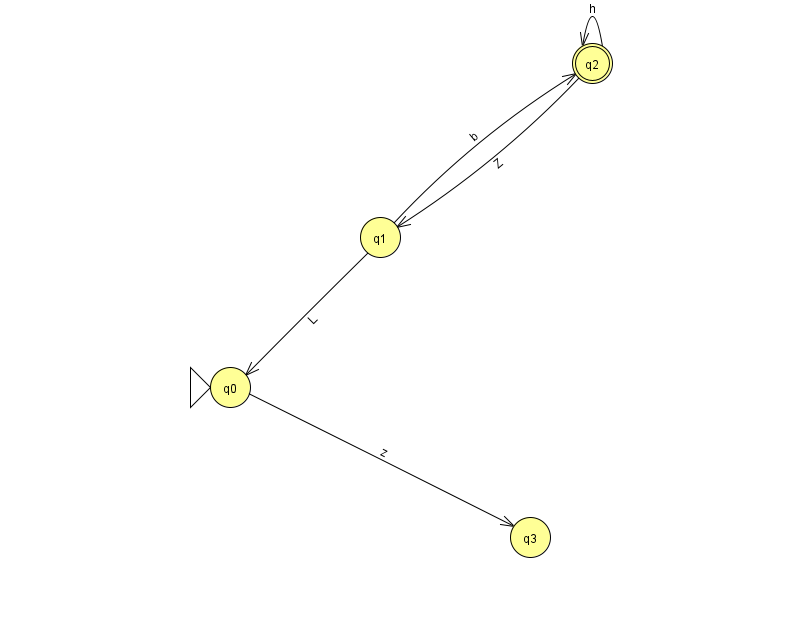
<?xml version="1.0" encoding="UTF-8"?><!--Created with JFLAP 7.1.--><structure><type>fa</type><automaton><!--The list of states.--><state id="0" name="q0"><x>230.0</x><y>374.0</y><initial/></state><state id="1" name="q1"><x>380.0</x><y>224.0</y></state><state id="2" name="q2"><x>592.0</x><y>50.0</y><final/></state><state id="3" name="q3"><x>530.0</x><y>524.0</y></state><!--The list of transitions.--><transition><from>0</from><to>3</to><read>z</read></transition><transition><from>1</from><to>2</to><read>b</read></transition><transition><from>1</from><to>0</to><read>L</read></transition><transition><from>2</from><to>2</to><read>h</read></transition><transition><from>2</from><to>1</to><read>Z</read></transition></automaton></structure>